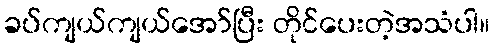
ခပ်ကျယ်ကျယ်အော်ပြီး တိုင်ပေးတဲ့အသံပါ။